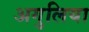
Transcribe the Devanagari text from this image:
अगुलिया